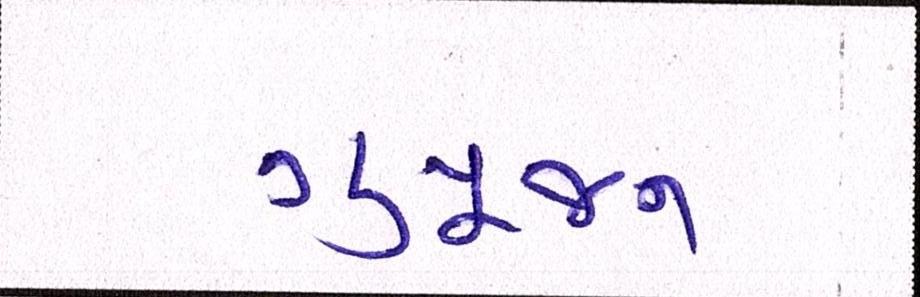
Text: ગુપૂજન